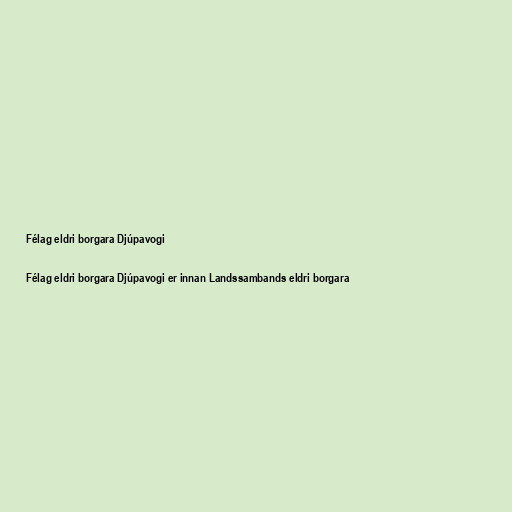
Félag eldri borgara Djúpavogi

Félag eldri borgara Djúpavogi er innan Landssambands eldri borgara